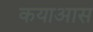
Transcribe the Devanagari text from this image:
कयाआस